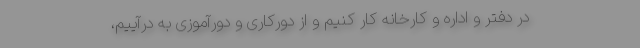
در دفتر و اداره و کارخانه کار کنیم و از دورکاری و دورآموزی به در‌آییم،